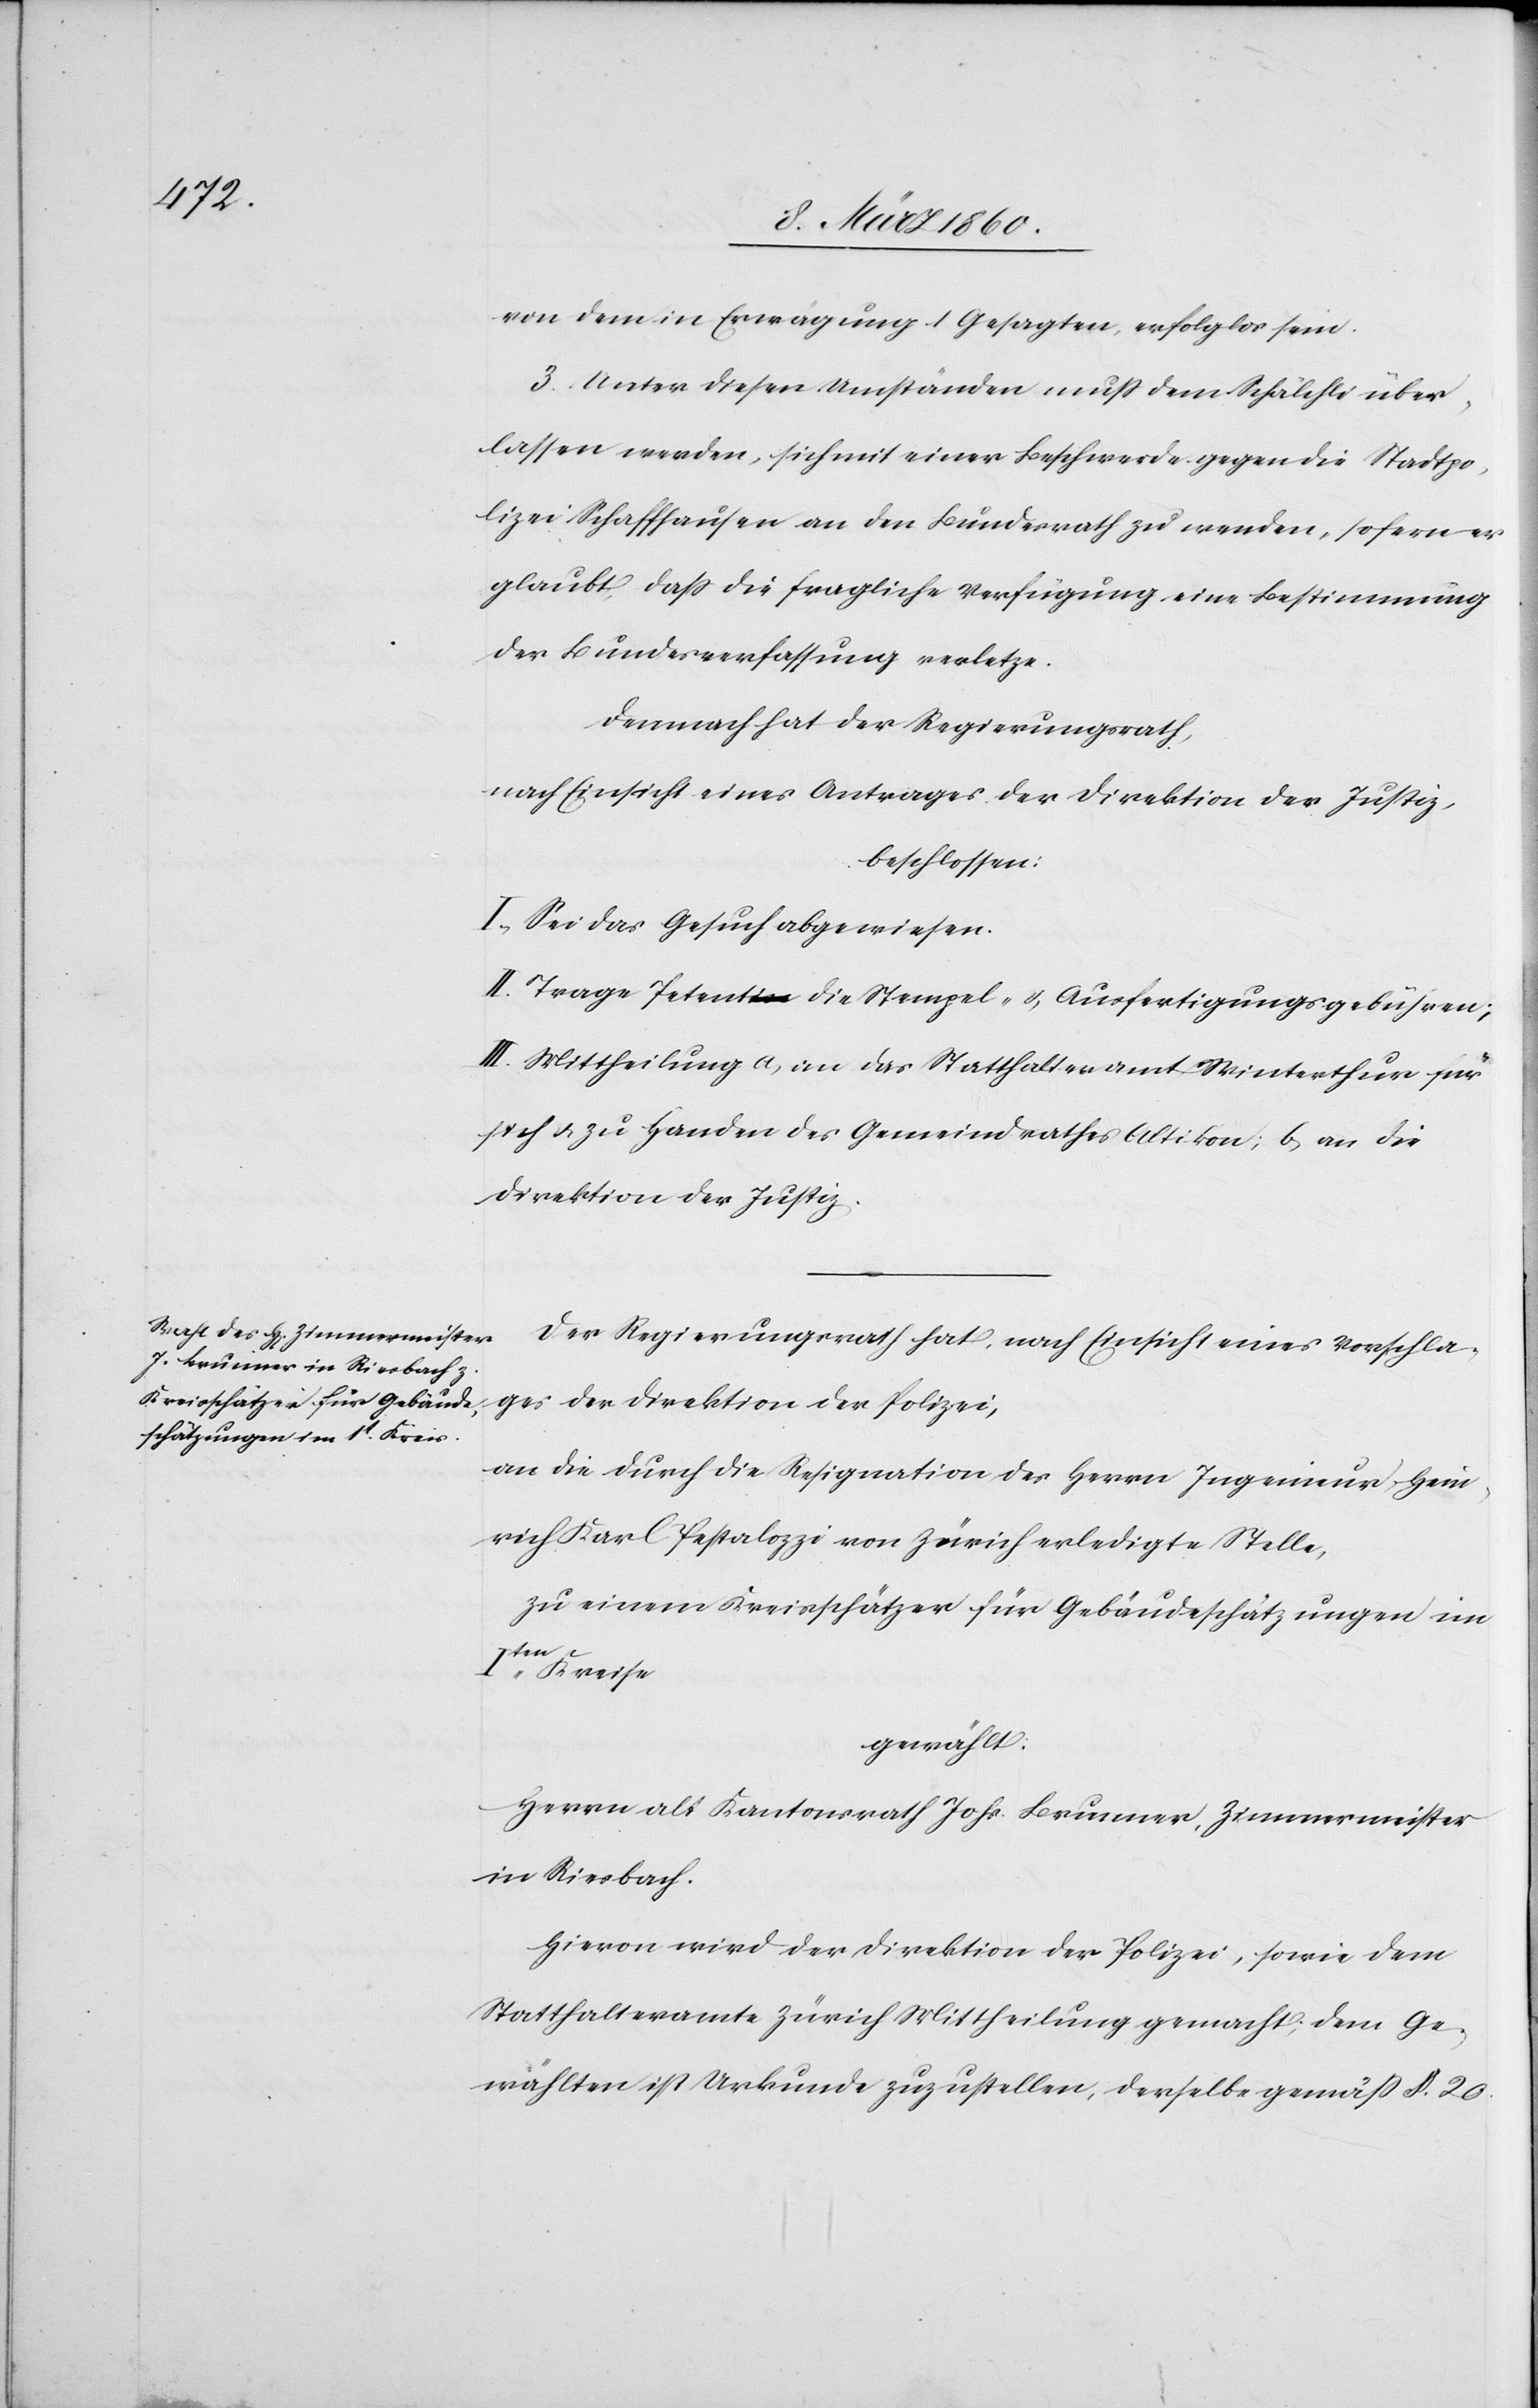
von dem in Erwägung 1 Gesagten, erfolglos sein.
3. Unter diesen Umständen muss dem Schälchli über¬
lassen werden, sich mit einer Beschwerde gegen die Stadtpo¬
lizei Schaffhausen an den Bundesrath zu wenden, sofern er
glaubt, dass die fragliche Verfügung eine Bestimmung
der Bundesverfassung verletze.
Demnach hat der Regierungsrath,
nach Einsicht eines Antrages der Direktion der Justiz,
beschlossen:
I. Sei das Gesuch abgewiesen.
II. Trage Petent die Stempel- u. Ausfertigungsgebühren;
III. Mittheilung a. an das Statthalteramt Winterthur für
sich u. zu Handen des Gemeindrathes Altikon; b. an die
Direktion der Justiz.
Der Regierungsrath hat, nach Einsicht eines Vorschla¬
ges der Direktion der Polizei,
an die durch die Resignation des Herrn Ingenieur Hein¬
rich Karl Pestalozzi von Zürich erledigte Stelle,
zu einem Kreisschätzer für Gebäudeschätzungen im
Iten Kreise
gewählt:
Herrn alt Kantonsrath Johs. Brunner, Zimmermeister
in Riesbach.
Hievon wird der Direktion der Polizei, sowie dem
Statthalteramte Zürich Mittheilung gemacht, dem Ge¬
wählten ist Urkunde zuzustellen, derselbe gemäss §. 20.